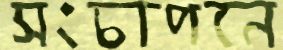
সংচাপনে